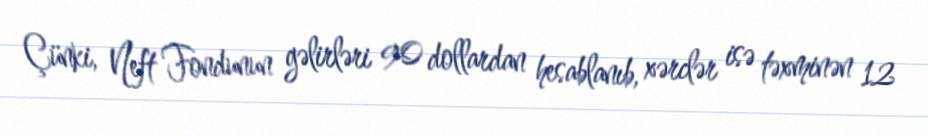
Çünki, Neft Fondunun gəlirləri 90 dollardan hesablanıb, xərclər isə təxminən 12